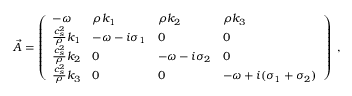
\vec { A } = \left( \begin{array} { l l l l } { - { \omega } } & { \rho k _ { 1 } } & { \rho k _ { 2 } } & { \rho k _ { 3 } } \\ { \frac { c _ { s } ^ { 2 } } { \rho } k _ { 1 } } & { - { \omega } - i \sigma _ { 1 } } & { 0 } & { 0 } \\ { \frac { c _ { s } ^ { 2 } } { \rho } k _ { 2 } } & { 0 } & { - { \omega } - i \sigma _ { 2 } } & { 0 } \\ { \frac { c _ { s } ^ { 2 } } { \rho } k _ { 3 } } & { 0 } & { 0 } & { - { \omega } + i ( \sigma _ { 1 } + \sigma _ { 2 } ) } \end{array} \right) \; ,